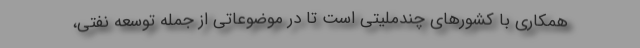
همکاری با کشورهای چندملیتی است تا در موضوعاتی از جمله توسعه نفتی،